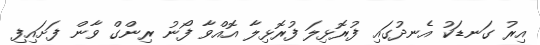
އިރު ގަނޑަކު އެނދުގައި ފުރޮޅިލަ ފުރޮޅިލާ އޮއްވާ ފޯނު ރިންގް ވާން ފަށައިފި